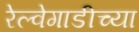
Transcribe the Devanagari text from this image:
रेल्वेगाडीच्या